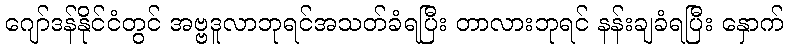
ဂျော်ဒန်နိုင်ငံတွင် အဗ္ဗဒူလာဘုရင်အသတ်ခံရပြီး တာလားဘုရင် နန်းချခံရပြီး နှောက်